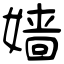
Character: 嫱